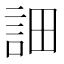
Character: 𧦵